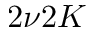
2 \nu 2 K